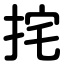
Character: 挓